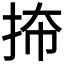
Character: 𪭬